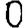
Digit: 0